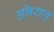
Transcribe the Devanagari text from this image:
उभिरहनु